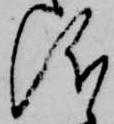
儀